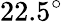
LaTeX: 22.5^{\circ}